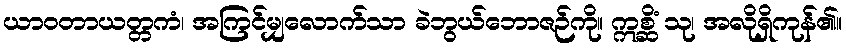
ယာဝတာယတ္တကံ၊ အကြင်မျှလောက်သာ ခဲဘွယ်ဘောဇဉ်ကို။ ဣစ္ဆိံ သု၊ အလိုရှိကုန်၏။